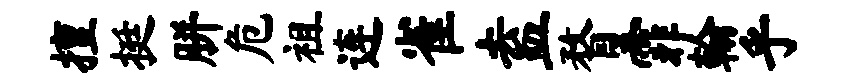
擅挺胼危祖连雀盍瞀霏翰乎